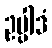
ဥပ္ပါဒံ